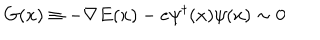
LaTeX: G ( x ) \equiv - \nabla E ( x ) - e \psi ^ { \dagger } ( x ) \psi ( x ) \sim 0